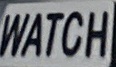
WATCH